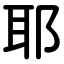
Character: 耶